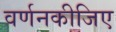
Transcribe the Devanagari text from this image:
वर्णनकीजिए